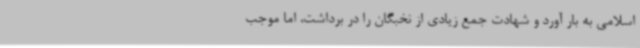
اسلامی به بار آورد و شهادت جمع زیادی از نخبگان را در برداشت، اما موجب